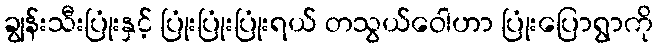
ချွန်းသီးပြုံးနှင့် ပြုံးပြုံးပြုံးရယ် တသွယ်ဝေါဟာ ပြုံးပြောရွာကို